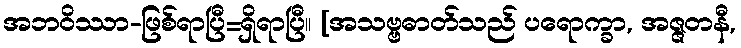
အဘဝိဿာ-ဖြစ်ရာပြီ=ရှိရာပြီ။ [အသဗ္ဗဓာတ်သည် ပရောက္ခာ, အဇ္ဇတနီ,